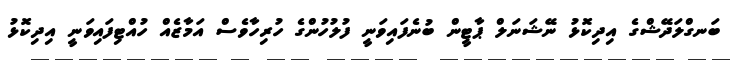
ބަނގްލަދޭޝްގެ އިދިކޮޅު ނޭޝަނަލް ޕާޓީން ބުނެފައިވަނީ ފުލުހުންގެ ހުރިހާވެސް އަމާޒެއް ހުއްޓިފައިވަނީ އިދިކޮޅު